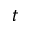
t